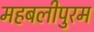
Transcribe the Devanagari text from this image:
महबलीपुरम